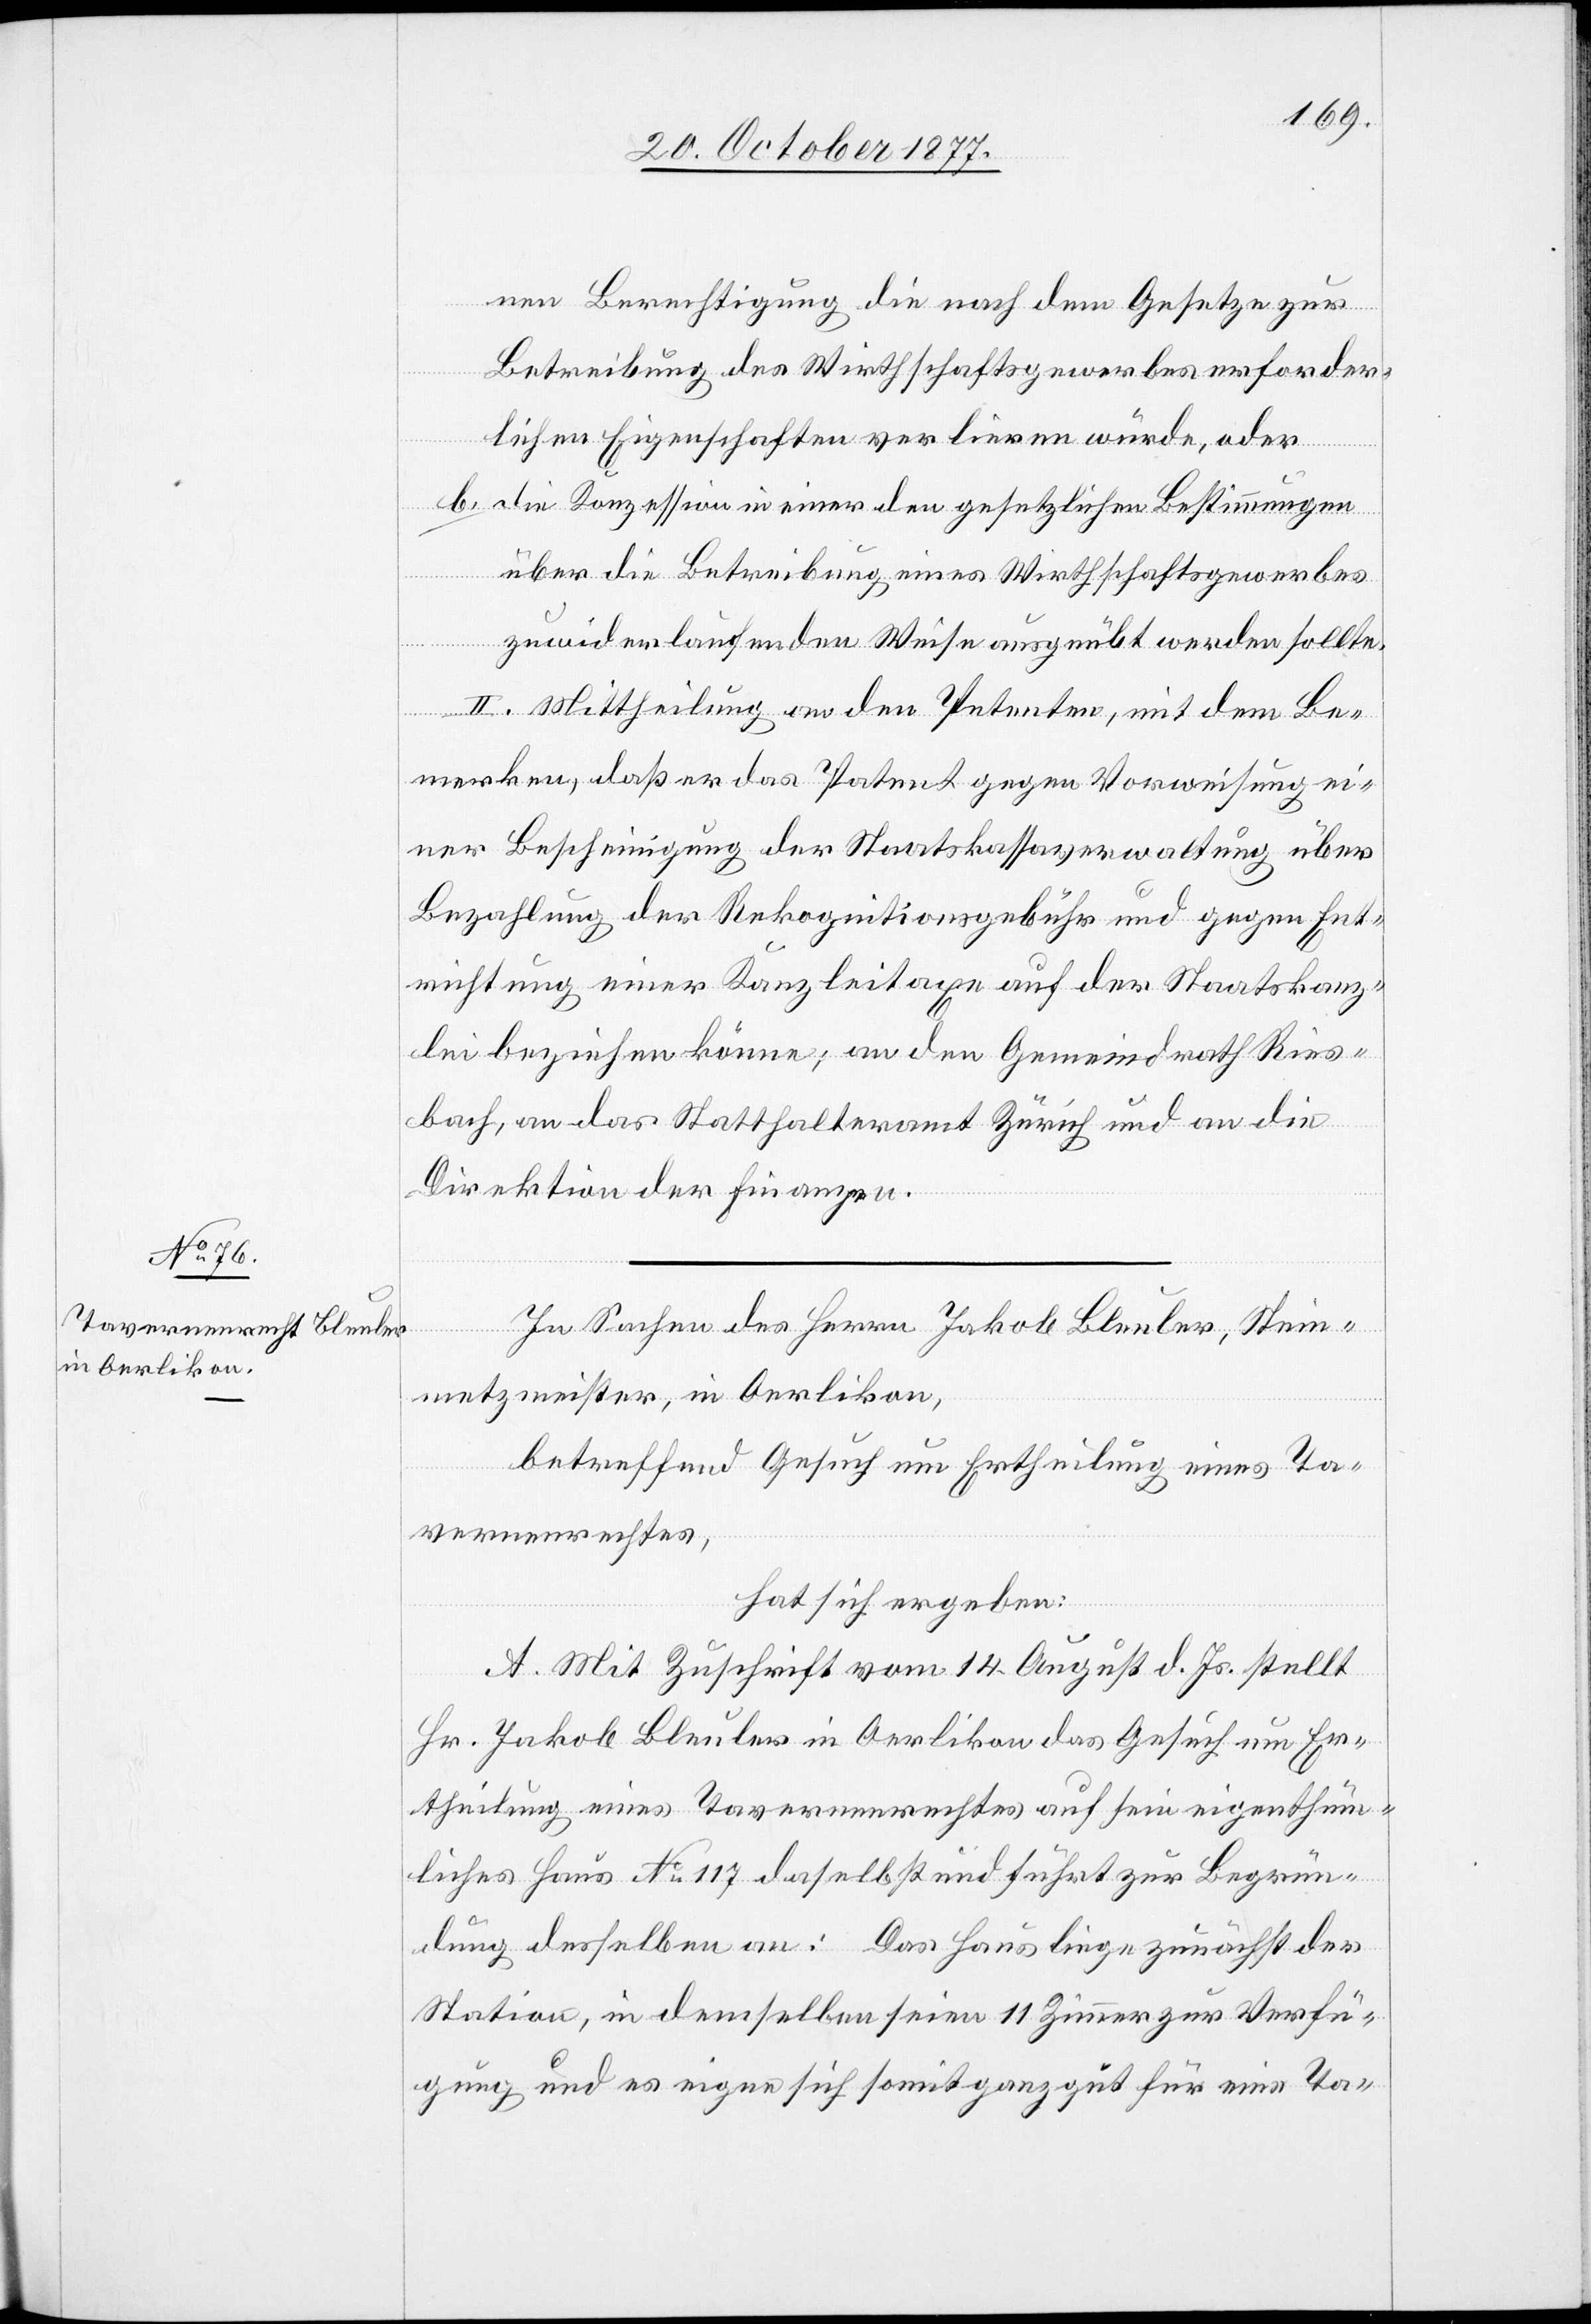
nen Berechtigung die nach dem Gesetze zur
Betreibung des Wirthschaftsgewerbes erforder¬
lichen Eigenschaften verlieren würde, oder
b.
die Konzession in einer den gesetzlichen Bestimmungen
über die Betreibung eines Wirthschaftsgewerbes
zuwiderlaufenden Weise ausgeübt werden sollte.
2.] Mittheilung an den Petenten, mit dem Be¬
merken, daß er das Patent gegen Vorweisung ei¬
ner Bescheinigung der Staatskassaverwaltung über
Bezahlung der Rekognitionsgebühr und gegen Ent¬
richtung einer Kanzleitaxe auf der Staatskanz¬
lei beziehen könne; an den Gemeindrath Ries¬
bach, an das Statthalteramt Zürich und an die
Direktion der Finanzen.
In Sachen des Herrn Jakob Bleuler, Stein¬
metzmeister, in Oerlikon,
[recte:
betreffend Gesuch um Ertheilung eines Ta¬
vernenrechtes,
hat sich ergeben:
A. Mit Zuschrift vom 14. August d. Js. stellt
Hr. Jakob Bleuler in Oerlikon das Gesuch um Er¬
theilung eines Tavernenrechtes auf sein eigenthüm¬
liches Haus No 117 daselbst und führt zur Begrün¬
dung desselben an: Das Haus liege zunächst der
Station, in demselben seien 11 Zimmer zur Verfü¬
gung und es eigne sich somit ganz gut für eine Ta-